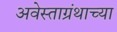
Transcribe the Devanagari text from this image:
अवेस्ताग्रंथाच्या